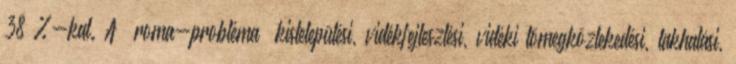
38 %-kal. A „roma-probléma” kistelepülési, vidékfejlesztési, vidéki tömegközlekedési, lakhatási,